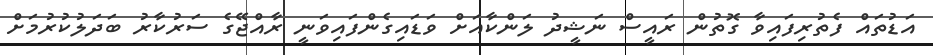
އަޑުތައް ފެތުރިފައިވާ ގޮތުން ރައީސް ނަޝީދު ލަންކާއަށް ވަޑައިގެންފައިވަނީ ރާއްޖޭގެ ސަރުކާރު ބަދަލުކުރުމަށް